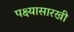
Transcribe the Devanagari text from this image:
पक्ष्यासारखी